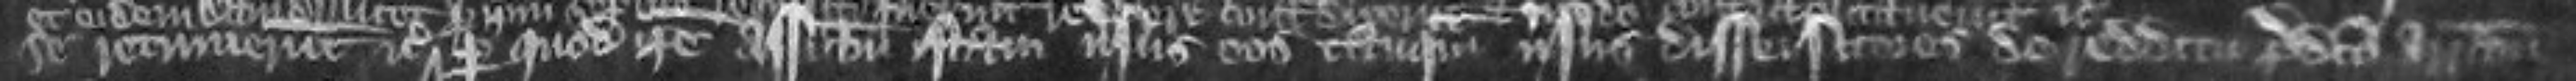
se retinuerunt etc per quod ipse assisam istam versus eos tanquam versus disseisitores de redditu predicto arraniavit